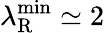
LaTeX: \lambda_{\mathrm{R}}^{\mathrm{min}}\simeq 2